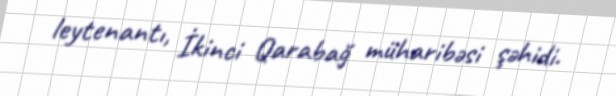
leytenantı, İkinci Qarabağ müharibəsi şəhidi.